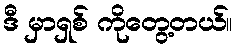
ဒီ မှာရှစ် ကိုတွေ့တယ်။